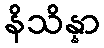
နိသိန္နာ